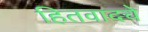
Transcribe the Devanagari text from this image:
हितवादचे